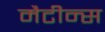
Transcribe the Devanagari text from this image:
मैटीन्स